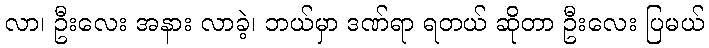
လာ၊ ဦးလေး အနား လာခဲ့၊ ဘယ်မှာ ဒဏ်ရာ ရတယ် ဆိုတာ ဦးလေး ပြမယ်